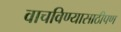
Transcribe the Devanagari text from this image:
वाचविण्यासाठीपण